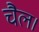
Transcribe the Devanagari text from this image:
चैल।